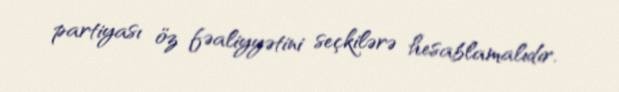
partiyası öz fəaliyyətini seçkilərə hesablamalıdır.